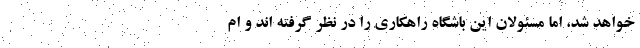
خواهد شد، اما مسئولان این باشگاه راهکاری را در نظر گرفته اند و ام